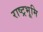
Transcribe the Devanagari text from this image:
राष्ट्रभूमि